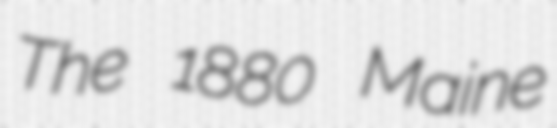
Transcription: The 1880 Maine